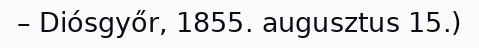
– Diósgyőr, 1855. augusztus 15.)